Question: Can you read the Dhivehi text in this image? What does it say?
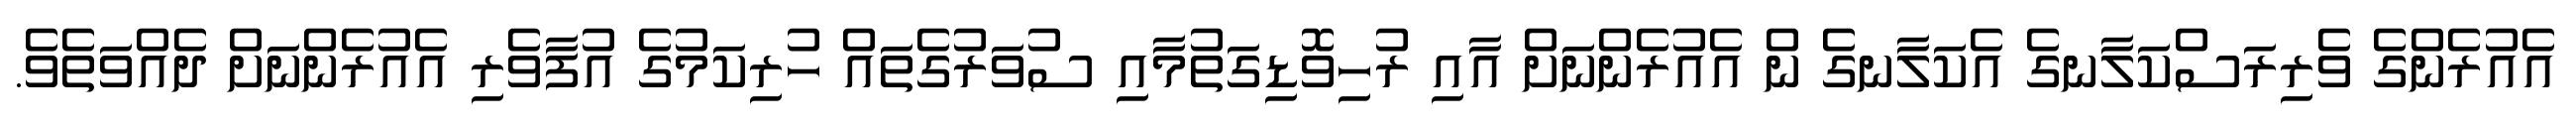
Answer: އެއުރެންގެ ވެރިރަސްކަލާނގެ އެކަލާނގެ ން އެއުރެންނަށް އާއި ރުހިވޮޑިގަތުމާއި ސުވަރުގެތައް ހުރިކަމުގެ އުފާވެރި އެއުރެންނަށް ދެއްވަތެވެ.